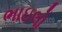
ભાઇલો